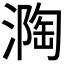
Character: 𭲏